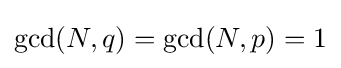
\gcd(N,q)=\gcd(N,p)=1